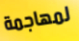
لمهاجمة